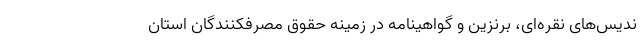
ندیس‌های نقره‌ای، برنزین و گواهینامه در زمینه حقوق مصرفکنندگان استان